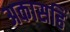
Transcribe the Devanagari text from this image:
अकासहिं